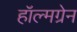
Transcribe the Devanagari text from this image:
हॉल्मग्रेन